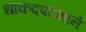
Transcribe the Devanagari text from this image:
धाकदपटशाने